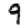
Digit: 9